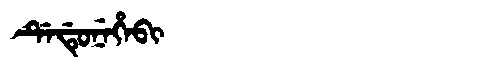
Manchu: ᡩᡝᡩᡠᠨᡝᡥᡝᠪᡳ
Romanization: DEDUNEHEBI